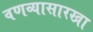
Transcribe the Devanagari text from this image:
वणव्यासारखा